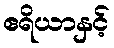
ဧရိယာနှင့်